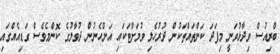
ބްރިއުސް ވިދާޅުވަނީ މިފަދަ ކަންތައްތަކުން ދުރުހެލި ވުމަށްޓަކައި އަންހެނުން ދުވާލުގެ ކޮންމެވެސް ގަޑިއެއްގައި